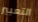
التعبير